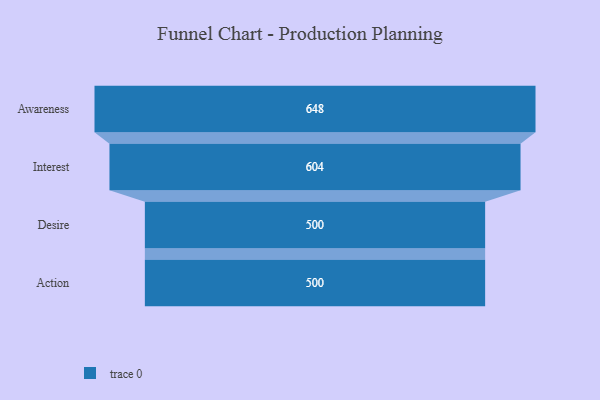
{"axis": {"x": "Stage", "y": "Value"}, "legend": [""], "data": [{"x": "Awareness", "y": 648.0, "type": ""}, {"x": "Interest", "y": 604.0, "type": ""}, {"x": "Desire", "y": 500, "type": ""}, {"x": "Action", "y": 500, "type": ""}]}